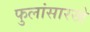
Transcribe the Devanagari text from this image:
फुलांसारखे